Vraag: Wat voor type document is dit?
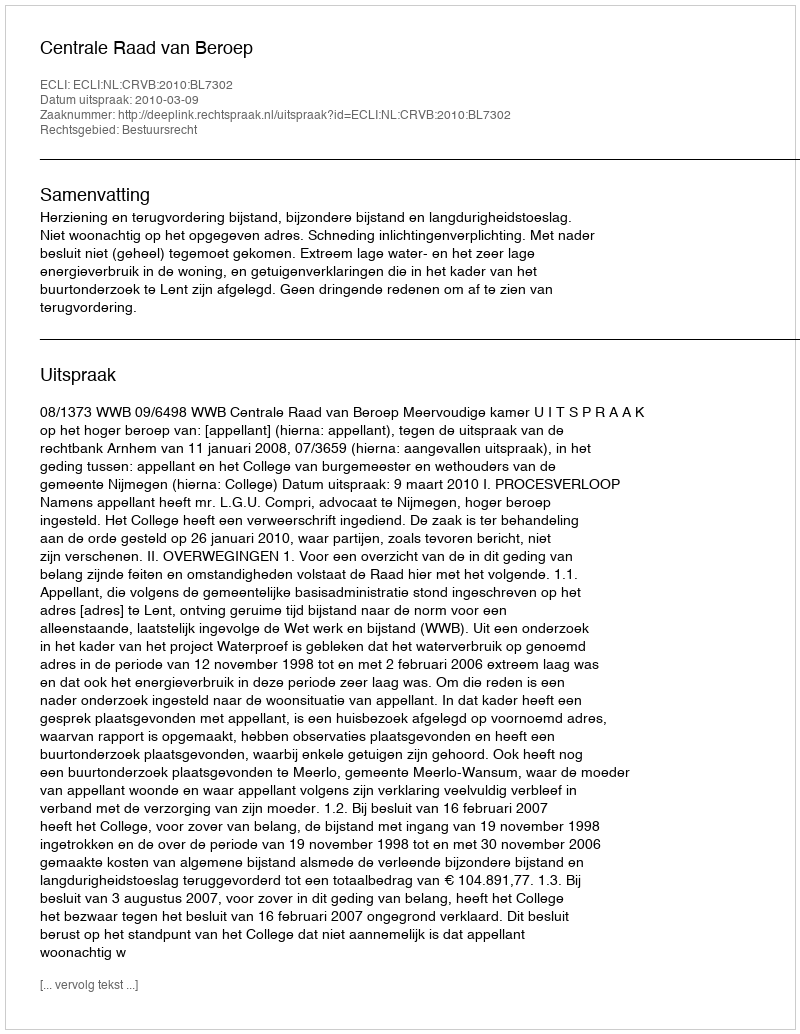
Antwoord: Uitspraak